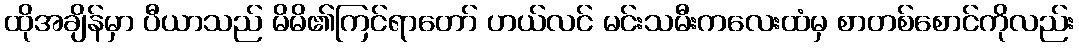
ထိုအချိန်မှာ ပီယာသည် မိမိ၏ကြင်ရာတော် ဟယ်လင် မင်းသမီးကလေးထံမှ စာတစ်စောင်ကိုလည်း